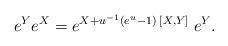
LaTeX: \begin{align*}e^Y e^X = e^{X + u^{-1} (e^{u}-1)\;[X,Y]} \;e^Y.\end{align*}